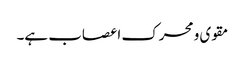
مقوی و محرک اعصاب ہے۔